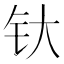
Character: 𰽘